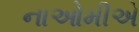
નાઓમીએ